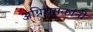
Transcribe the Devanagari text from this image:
अग्निशमकांनी